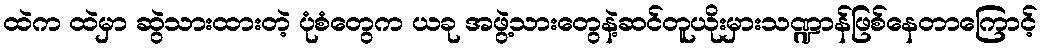
ထဲက ထဲမှာ ဆွဲသားထားတဲ့ ပုံစံတွေက ယခု အဖွဲ့သားတွေနဲ့ဆင်တူယိုးမှားသဏ္ဍာန်ဖြစ်နေတာကြောင့်